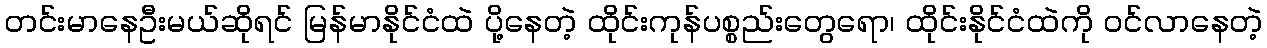
တင်းမာနေဦးမယ်ဆိုရင် မြန်မာနိုင်ငံထဲ ပို့နေတဲ့ ထိုင်းကုန်ပစ္စည်းတွေရော၊ ထိုင်းနိုင်ငံထဲကို ဝင်လာနေတဲ့